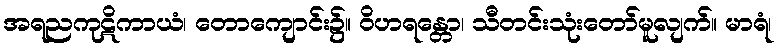
အရညကုဋိကာယံ၊ တောကျောင်း၌။ ဝိဟရန္တော၊ သီတင်းသုံးတော်မူလျက်။ မာရံ၊